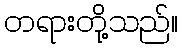
တရားတို့သည်။